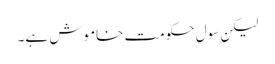
لیکن سول حکومت خاموش ہے۔